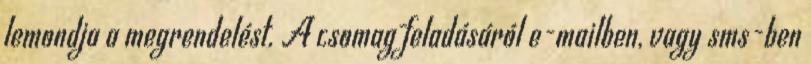
lemondja a megrendelést. A csomag feladásáról e-mailben, vagy sms-ben